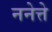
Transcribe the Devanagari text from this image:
ननेत्ते